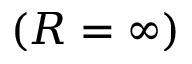
( R = \infty )